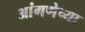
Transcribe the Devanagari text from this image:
आंगणेच्या